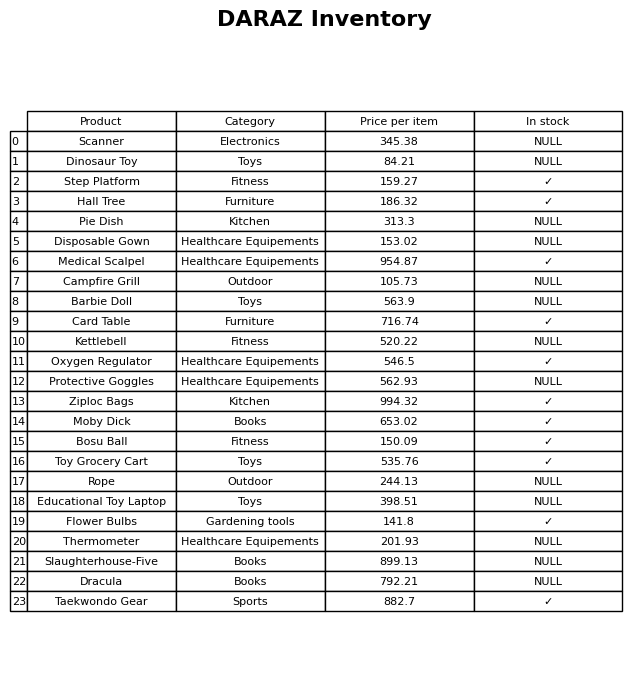
question: What is the price of the Campfire Grill?
answer: The price of Campfire Grill is 105.73.